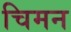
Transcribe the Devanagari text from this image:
चिमन